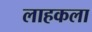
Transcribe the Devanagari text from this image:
लाहकला